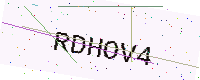
Text: RDHOV4